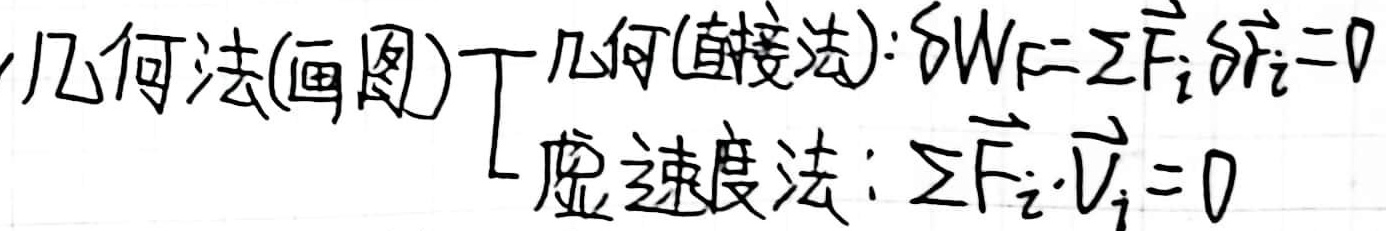
几何法(画图)
\[\begin{cases}
\text{几何(直接法)}:\delta W_{F}=\sum\vec{F}_{i}\delta\vec{r}_{i}=0 \\
\text{虚速度法}:\sum\vec{F}_{i}\cdot\vec{V}_{i}=0
\end{cases}\]